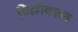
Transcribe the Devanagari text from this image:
दिल्लीवरून